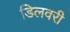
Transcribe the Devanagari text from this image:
डिलवरी